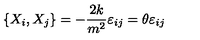
\left\{ X _ { i } , X _ { j } \right\} = - \frac { 2 k } { m ^ { 2 } } \varepsilon _ { i j } = \theta \varepsilon _ { i j }